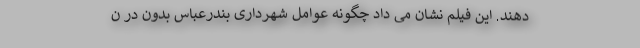
دهند. این فیلم نشان می داد چگونه عوامل شهرداری بندرعباس بدون در ن